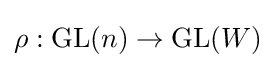
\rho :{\text{GL}}(n)\to {\text{GL}}(W)